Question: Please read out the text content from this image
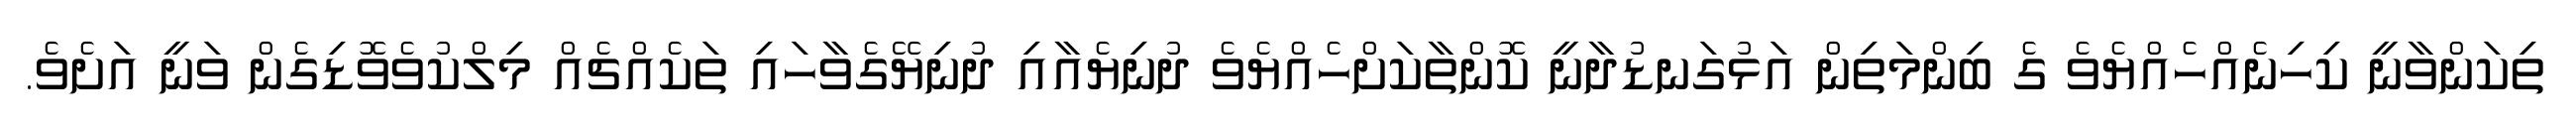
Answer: ތިކަންވާނީ ކިހިނެއްހެއްޔެވެ ގެ ބިންމަތިން އަޅުގަނޑުދާނީ ކޮންތާކަށްހެއްޔެވެ ދުނިޔެއާއި ދުނިޔޭގެވާހައި ތަކެއްޗެއް މިލްކުވެވޮޑިގެން ވަނީ އަށެވެ.